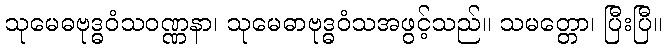
သုမေဓဗုဒ္ဓဝံသဝဏ္ဏနာ၊ သုမေဓာဗုဒ္ဓဝံသအဖွင့်သည်။ သမတ္တော၊ ပြီးပြီ။